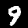
Label: 9